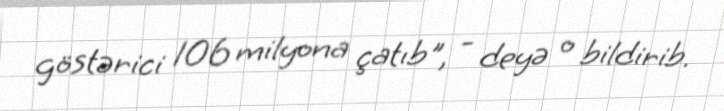
göstərici 106 milyona çatıb", - deyə o bildirib.